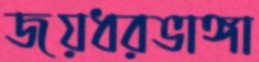
জয়ধরভাঙ্গা